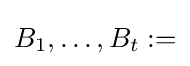
B_{1},\ldots ,B_{t}:=